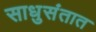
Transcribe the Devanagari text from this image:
साधुसंतात